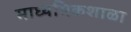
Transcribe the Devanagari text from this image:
माध्यमिकशाळा